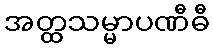
အတ္ထသမ္မာပဏီဓီ